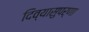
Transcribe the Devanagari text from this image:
दिव्यासुपर्णा